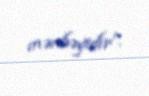
mənbəyidir”.